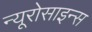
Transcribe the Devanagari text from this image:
न्यूरोसाइन्स